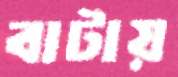
বাটায়